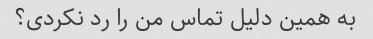
به همین دلیل تماس من را رد نکردی؟